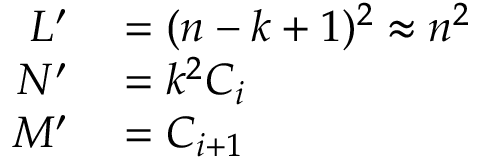
\begin{array} { r l } { L ^ { \prime } } & { { } = ( n - k + 1 ) ^ { 2 } \approx n ^ { 2 } } \\ { N ^ { \prime } } & { { } = k ^ { 2 } C _ { i } } \\ { M ^ { \prime } } & { { } = C _ { i + 1 } } \end{array}